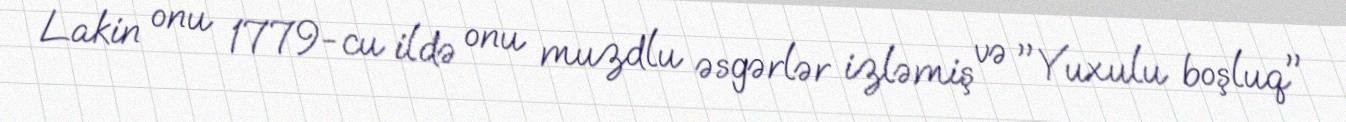
Lakin onu 1779-cu ildə onu muzdlu əsgərlər izləmiş və "Yuxulu boşluq"